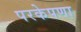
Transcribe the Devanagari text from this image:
परकेपणा